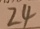
2 4